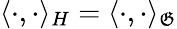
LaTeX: \langle\cdot,\cdot\rangle_{H}=\langle\cdot,\cdot\rangle_{\mathfrak{G}}